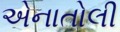
એનાતોલી